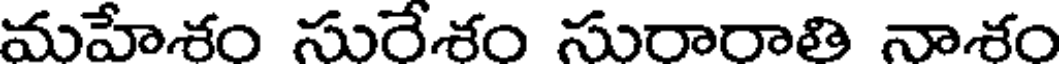
మహేశం సురేశం సురారాతి నాశం